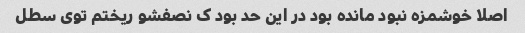
اصلا خوشمزه نبود مانده بود در این حد بود ک نصفشو ریختم توی سطل